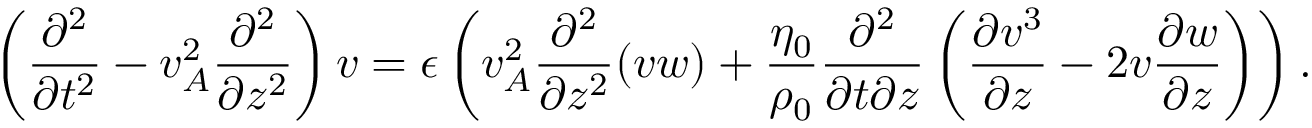
\left( \frac { \partial ^ { 2 } } { \partial t ^ { 2 } } - v _ { A } ^ { 2 } \frac { \partial ^ { 2 } } { \partial z ^ { 2 } } \right) v = \epsilon \left( v _ { A } ^ { 2 } \frac { \partial ^ { 2 } } { \partial z ^ { 2 } } ( v w ) + \frac { \eta _ { 0 } } { \rho _ { 0 } } \frac { \partial ^ { 2 } } { \partial t \partial z } \left( \frac { \partial v ^ { 3 } } { \partial z } - 2 v \frac { \partial w } { \partial z } \right) \right) .